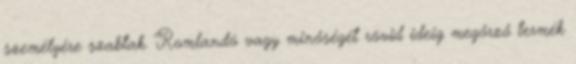
személyére szabtak. Romlandó vagy minőségét rövid ideig megőrző termék